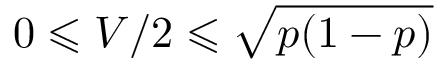
0 \leqslant V / 2 \leqslant \sqrt { p ( 1 - p ) }